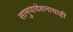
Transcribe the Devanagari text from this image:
सामुपादेशनाचाही